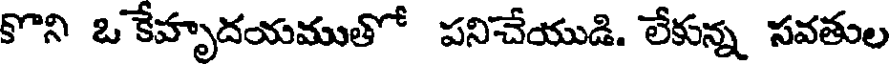
కొని ఒ కేహృదయముతో పనిచేయుడి. లేకున్న సవతుల